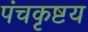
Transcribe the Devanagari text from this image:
पंचकृष्टय